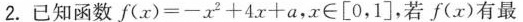
2.已知函数$$f ( x ) = - x _ { 2 } + 4 x + a$$，$$x ∈ [ 0 ，1 ]$$，若f(x)有最